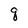
Character: q